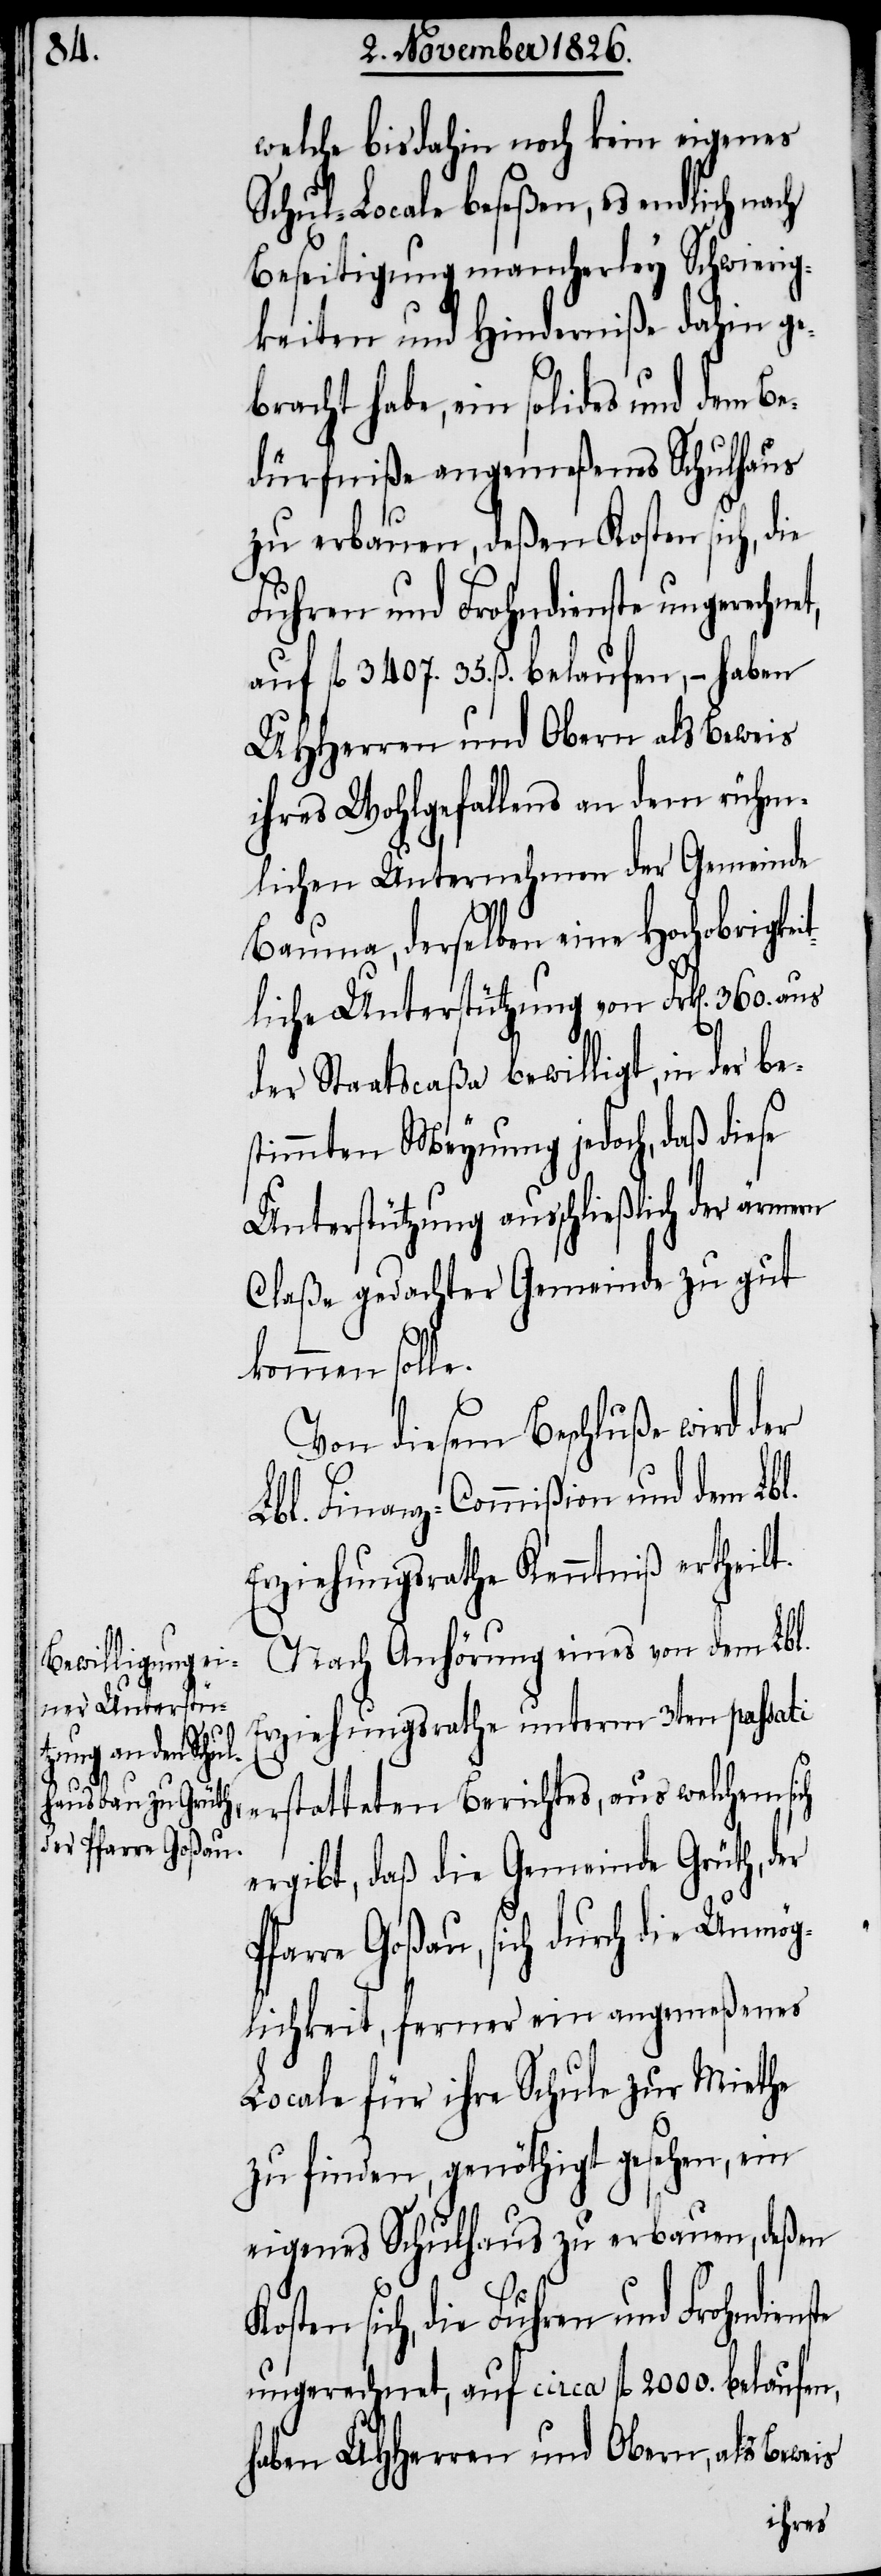
welche bis dahin noch kein eigenes
Schul-Locale beseßen, es endlich nach
Beseitigung mancherley Schwierig¬
keiten und Hinderniße dahin ge¬
bracht habe, ein solides und dem B¬
edürfniße angemeßenes Schulhaus
i¬
zu erbauen, deßen Kosten sich, die
Fuhren und Frohndienste ungerechne¬
auf fl. 3407. 35. ß. belaufen, – haben
UHHerren und Obern als Beweis
ihres Wohlgefallens an dem rühm¬
lichen Unternehmen der Gemeinde
Bauma, derselben eine hochobrigke¬
tliche Unterstützung von Frk[en]. 360.
der Staatscaßa bewilligt, in der
stimmten Meynung jedoch, daß diese
Unterstützung ausschließlich der ärmern
Claße gedachter Gemeinde zu gut
kommen solle.
Von diesem Beschluße wird der
Lbl. Finanz-Commißion und dem Lbl.
Erziehungsrathe Kenntniß ertheilt.
Nach Anhörung eines von dem Lbl.
Erziehungsrathe unterm 3ten passati
ste
erstatteten Berichtes, aus welchem sich
ergibt, daß die Gemeinde Grüth, der
Pfarre Goßau, sich durch die Unmög¬
lichkeit, ferner ein angemeßenes
Locale für ihre Schule zur Miethe
zu finden, genöthigt gesehen, ein
eigenes Schulhaus zu erbauen, deßen
sich, die Fuhren und Frohndien¬
ungerechnet, auf circa fl. 2000. belaufen,
haben UHHerren und Obern, als Beweis